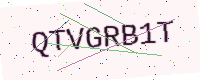
Text: QTVGRB1T